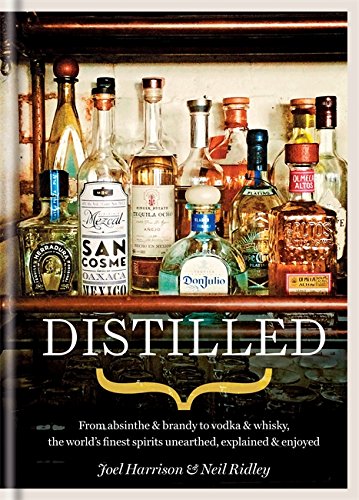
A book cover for Distilled: From absinthe & brandy to vodka & whisky, the world's finest artisan spirits unearthed, explained & enjoyed; Neil Ridley; Cookbooks, Food & Wine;